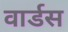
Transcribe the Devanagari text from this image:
वार्डस